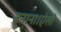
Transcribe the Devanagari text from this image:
बनाना।ऐसी